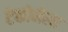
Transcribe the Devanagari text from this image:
टेकोमेला